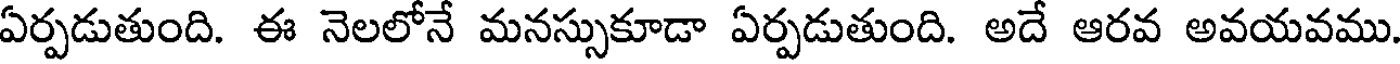
ఏర్పడుతుంది. ఈ నెలలోనే మనస్సుకూడా ఏర్పడుతుంది. అదే ఆరవ అవయవము